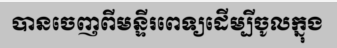
បានចេញពីមន្ទីរពេទ្យដើម្បីចូលក្នុង